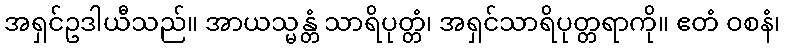
အရှင်ဥဒါယီသည်။ အာယသ္မန္တံ သာရိပုတ္တံ၊ အရှင်သာရိပုတ္တရာကို။ ဧတံ ဝစနံ၊